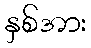
နှစ်အား